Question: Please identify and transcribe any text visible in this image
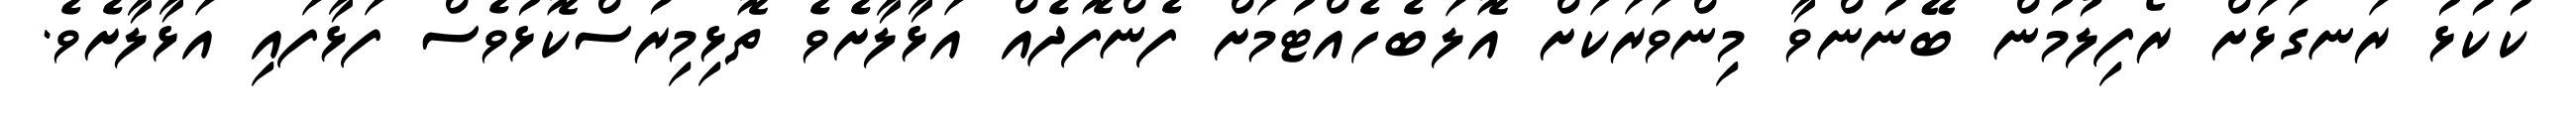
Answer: ކުކުޅު ރަނގަޅަށް ރޯފިލުމުން ބޭނުންވާ މިންވަރަކަށް އޮލަބެހެއްޓުމަށް ފެންފޮދެއް އަޅާލާށެވެ ތޮޅިމިރުސްކޮޅުވެސް ފަޅާފައި އަޅާލާށެވެ.